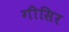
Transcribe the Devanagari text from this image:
गीसिर